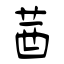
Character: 莤